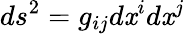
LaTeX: ds^{2}=g_{ij}d\mathit{x}^{i}d\mathit{x}^{j}